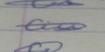
Signature authenticity: genuine